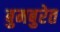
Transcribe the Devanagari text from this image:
बुमबुरेत